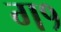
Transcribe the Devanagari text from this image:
ग१